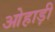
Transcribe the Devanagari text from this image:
ओहाड़ी